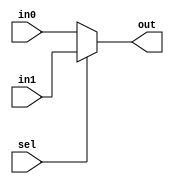
`timescale 1ns/1ns
module Mux21 (in0, in1, sel, out);
input [31:0] in0, in1;
input sel;
 output [31:0] out;

assign out = sel ? in1 : in0;

endmodule